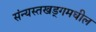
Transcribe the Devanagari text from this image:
संन्यस्तखड्गमधील